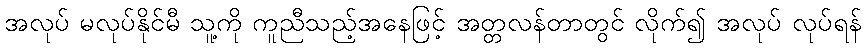
အလုပ် မလုပ်နိုင်မီ သူ့ကို ကူညီသည့်အနေဖြင့် အတ္တလန်တာတွင် လိုက်၍ အလုပ် လုပ်ရန်